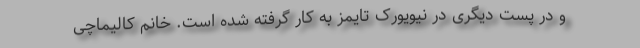
و در پست دیگری در نیویورک تایمز به کار گرفته شده است. خانم کالیماچی